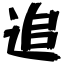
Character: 追